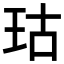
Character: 𪻕